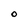
Character: O